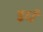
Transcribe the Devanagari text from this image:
इर्ध